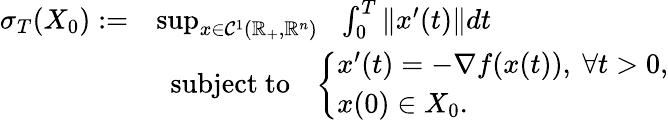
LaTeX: \begin{array}{rl}{\sigma_{T}(X_{0}):=}&{\operatorname*{sup}_{x\in\mathcal{C}^{1}(\mathbb{R}_{+},\mathbb{R}^{n})}~~\int_{0}^{T}\| x^{\prime}(t)\| dt}\\ &{~~\mathrm{subject~to}~~~\left\{ \begin{array}{l}{x^{\prime}(t)=-\nabla f(x(t)),~\forall t>0,}\\ {x(0)\in X_{0}.}\end{array}\right.}\end{array}